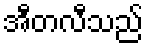
အီတလီသည်